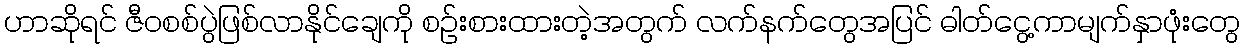
ဟာဆိုရင် ဇီဝစစ်ပွဲဖြစ်လာနိုင်ချေကို စဉ်းစားထားတဲ့အတွက် လက်နက်တွေအပြင် ဓါတ်ငွေ့ကာမျက်နှာဖုံးတွေ